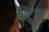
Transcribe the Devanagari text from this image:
बिट्ज़